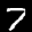
Label: 7